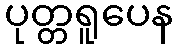
ပုတ္တရူပေန